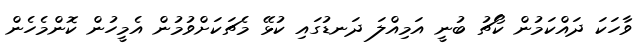
ވާހަކަ ދައްކަމުން ކޯޗު ބުނީ އަމިއްލަ ދަނޑުގައި ކުޅޭ މެޗަކަށްވުމުން އެމީހުން ކޮންމެހެން